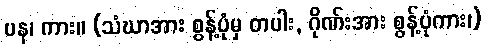
ပန၊ ကား။ (သံဃာအား စွန့်ပုံမှ တပါး, ဂိုဏ်းအား စွန့်ပုံကား၊)